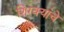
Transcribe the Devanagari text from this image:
शिरक्यांचे